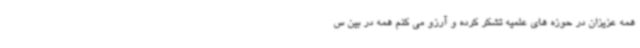
همه عزیزان در حوزه های علمیه تشکر کرده و آرزو می کنم همه در بین س